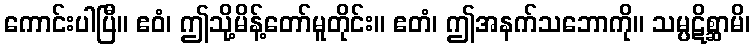
ကောင်းပါပြီ။ ဧဝံ၊ ဤသို့မိန့်တော်မူတိုင်း။ ဧတံ၊ ဤအနက်သဘောကို။ သမ္ပဋိစ္ဆာမိ၊